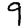
Digit: 9